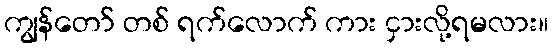
ကျွန်တော် တစ် ရက်လောက် ကား ငှားလို့ရမလား။